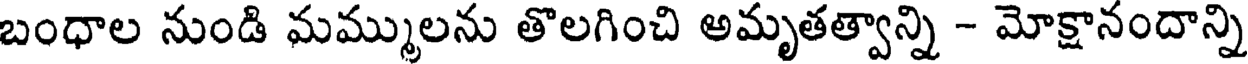
బంధాల నుండి మమ్ములను తొలగించి అమృతత్వాన్ని - మోక్షానందాన్ని